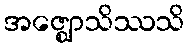
အဇ္ဈောသိဿသိ